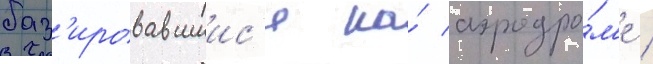
баз'ировавшиис'я на́ аэродро́м'е /